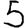
Digit: 5